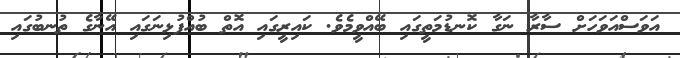
އަވަސްއަވަހަށް ސާރާ ނަގާ ކޮނޑުމަތީގައި ބޭއްވީމެވެ. ކައިރީގައި އޮތް ބުއްފުޅިނަގައި އޭނާގެ ތުނބުގައި